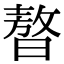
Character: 𣊁